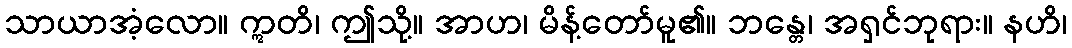
သာယာအံ့လော။ ဣတိ၊ ဤသို့။ အာဟ၊ မိန့်တော်မူ၏။ ဘန္တေ၊ အရှင်ဘုရား။ နဟိ၊